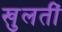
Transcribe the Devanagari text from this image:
खुलतीं